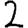
Digit: 2